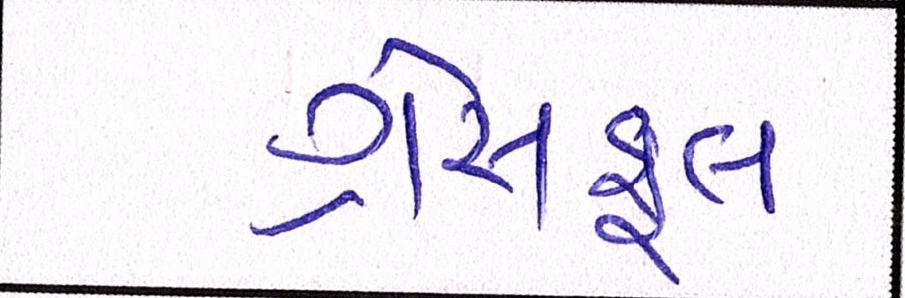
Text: ગ્રેસફૂલ